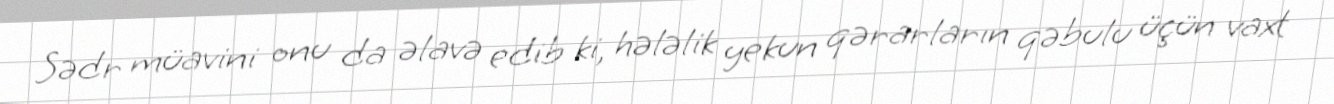
Sədr müavini onu da əlavə edib ki, hələlik yekun qərarların qəbulu üçün vaxt